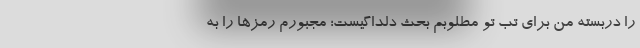
را دربسته من برای تبِ تو مطلوبم بحثِ دلداگیست؛ مجبورم رمزها را به